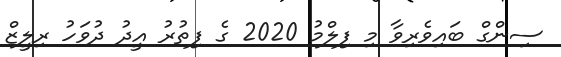
ސިންގް ބައިވެރިވާ މި ފިލްމު 2020 ގެ ފިތުރު އީދު ދުވަހު ރިލީޒް